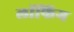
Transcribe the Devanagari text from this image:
लॉफिंग